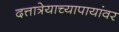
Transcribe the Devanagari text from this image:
दत्तात्रेयाच्यापायांवर